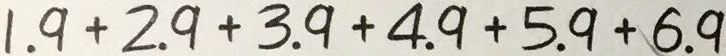
1 . 9 + 2 . 9 + 3 . 9 + 4 . 9 + 5 . 9 + 6 . 9